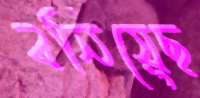
বনিয়েছ